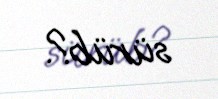
sürüb?.